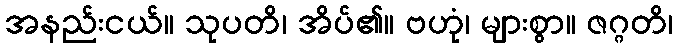
အနည်းငယ်။ သုပတိ၊ အိပ်၏။ ဗဟုံ၊ များစွာ။ ဇဂ္ဂတိ၊